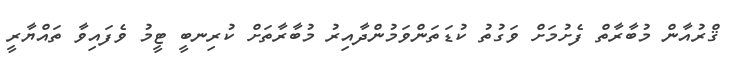
ޤްރުއާން މުބާރާތް ފެށުމަށް ވަގުތު ކުޑަތަންވަމުންދާއިރު މުބާރާތަށް ކުރިނބީ ޓީމު ވެފައިވާ ތައްޔާރީ